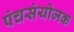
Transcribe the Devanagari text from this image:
पंचसंयोजक